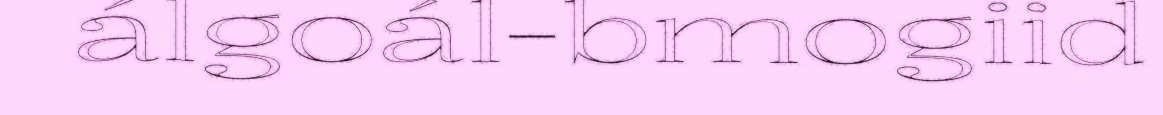
álgoál-bmogiid